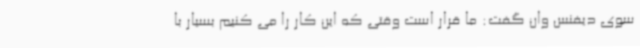
سوی دیفنس وان گفت: ما قرار است وقتی که این کار را می کنیم بسیار با